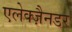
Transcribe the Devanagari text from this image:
एलेक्ज़ैनडर